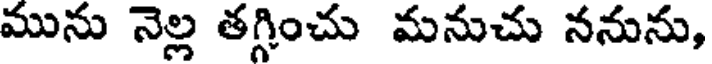
మును నెల్ల తగ్గించు మనుచు ననును,